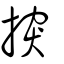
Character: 揬